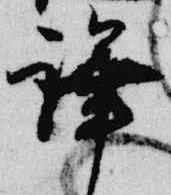
譁